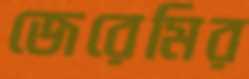
জেরেমির